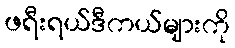
ဖရီးရယ်ဒီကယ်များကို